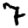
Digit: 7